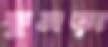
কুমড়া